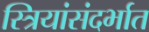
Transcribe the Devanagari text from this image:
स्त्रियांसंदर्भात